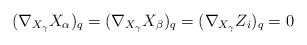
\begin{align*}(\nabla_{X_{\gamma}}X_\alpha)_q=(\nabla_{X_{\gamma}}X_\beta)_q =(\nabla_{X_{\gamma}}Z_i)_q=0\end{align*}